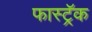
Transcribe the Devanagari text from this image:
फास्ट्रॅक